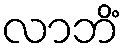
လာဘိံ